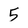
Character: 5